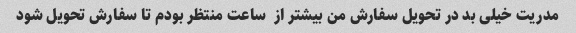
مدریت خیلی بد در تحویل سفارش من بیشتر از  ساعت منتظر بودم تا سفارش تحویل شود